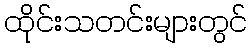
ထိုင်းသတင်းများတွင်